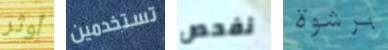
أوثر تستخدمين نفحص برشوة